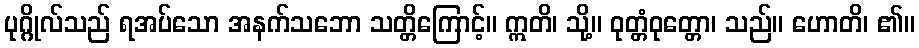
ပုဂ္ဂိုလ်သည် ရအပ်သော အနက်သဘော သတ္တိကြောင့်။ ဣတိ၊ သို့။ ဝုတ္တံဝုတ္တော၊ သည်။ ဟောတိ၊ ၏။